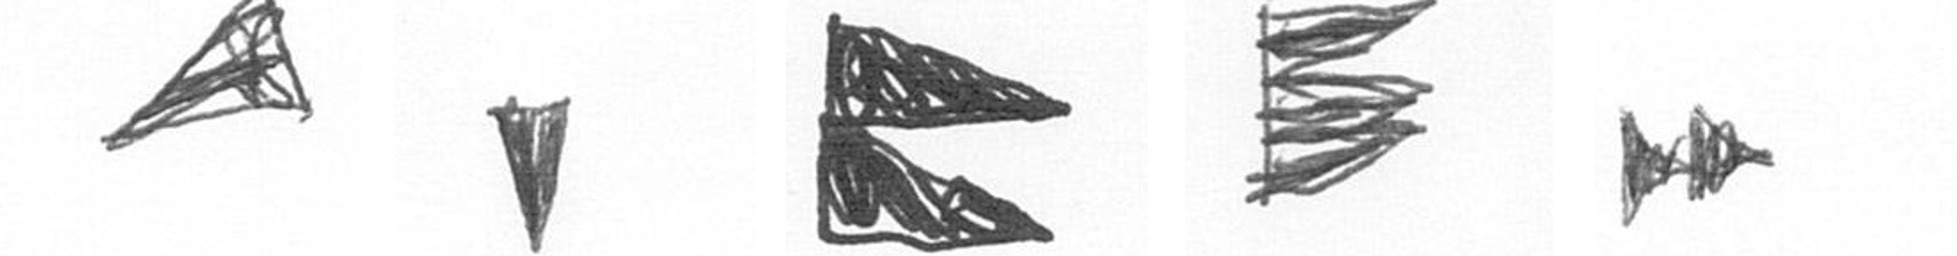
O J P H A